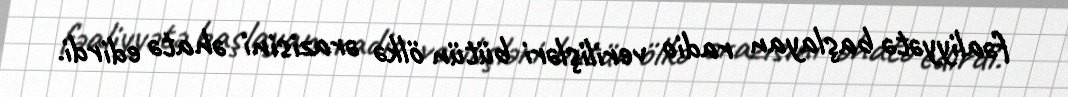
fəaliyyətə başlayan radio verilişləri bütün ölkə ərazisini əhatə edirdi.